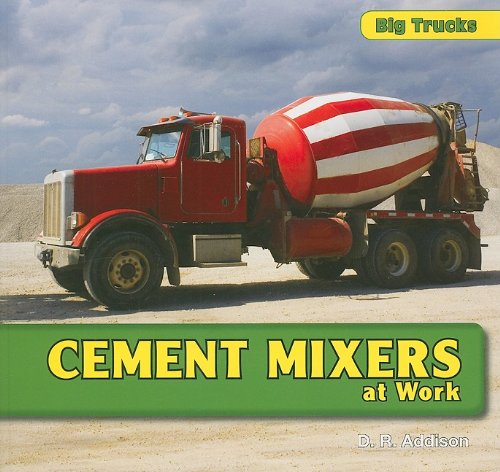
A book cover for Cement Mixers at Work (Big Trucks); D. R. Addison; Children's Books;